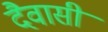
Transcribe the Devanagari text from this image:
दैवासी